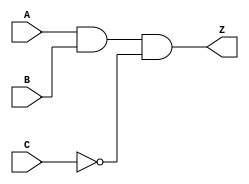
module notech_ao3 (A,B,C,Z);
input A,B,C;
output Z;
assign Z=A&B&~C;
endmodule